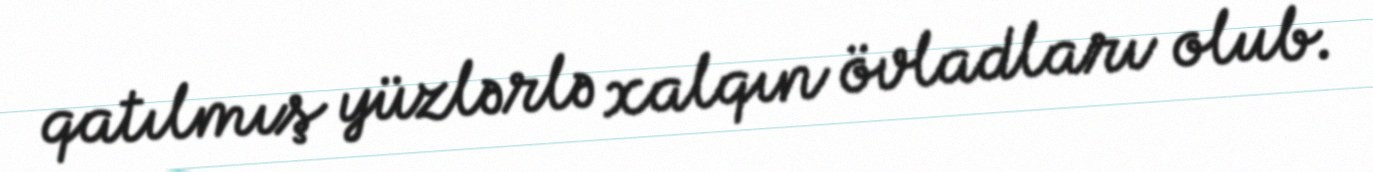
qatılmış yüzlərlə xalqın övladları olub.